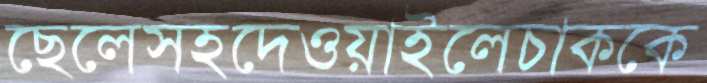
ছেলেসহদেওয়াইলেচাককে